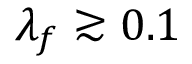
\lambda _ { f } \gtrsim 0 . 1